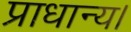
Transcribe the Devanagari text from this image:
प्राधान्य।